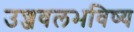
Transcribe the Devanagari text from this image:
उज्जवलभविष्य